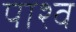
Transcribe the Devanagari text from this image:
पाश्व